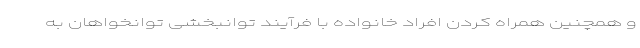
و همچنین همراه کردن افراد خانواده با فرآیند توانبخشی توانخواهان به